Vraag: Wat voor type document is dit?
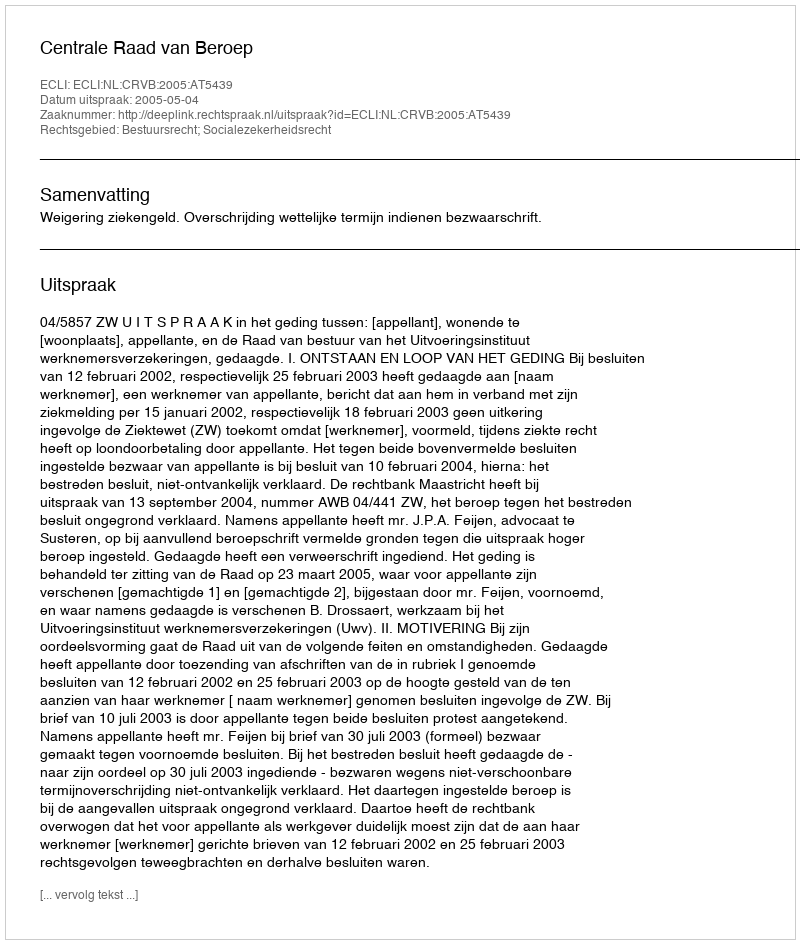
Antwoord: Uitspraak